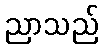
ညာသည်